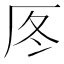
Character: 𠩁